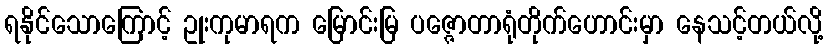
ရနိုင်သောကြောင့် ဥုးကုမာရက မြောင်းမြ ပဇ္ဇောတာရုံတိုက်ဟောင်းမှာ နေသင့်တယ်လို့